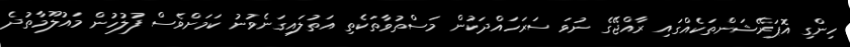
ހިންގި އޮޕަރޭޝަންތަކެއްގައި ރާއްޖޭގެ ނުވަ ސަރަހައްދަކުން މަސްތުވާތަކެތި އަތުލައިގަނެވުނު ކަމަށްވެސް ފުލުހުން މައުލޫމާތުދެ